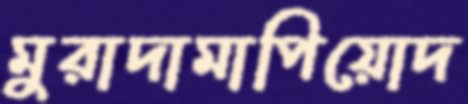
মুরাদামাপিয়োদ